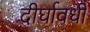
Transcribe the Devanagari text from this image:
दीर्घावधी